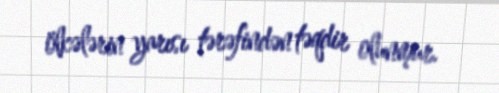
ölkələrin yarısı tərəfindən təqdir olunmur.